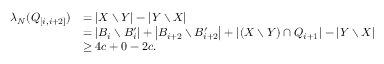
\begin{array} { r l } { \lambda _ { N } ( Q _ { [ i , i + 2 ] } ) } & { = \left| X \setminus Y \right| - \left| Y \setminus X \right| } \\ & { = \left| B _ { i } \setminus B _ { i } ^ { \prime } \right| + \left| B _ { i + 2 } \setminus B _ { i + 2 } ^ { \prime } \right| + \left| ( X \setminus Y ) \cap Q _ { i + 1 } \right| - \left| Y \setminus X \right| } \\ & { \geq 4 c + 0 - 2 c . } \end{array}